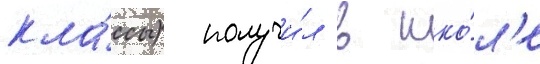
кла́ссы) получи́л в шко́л'е